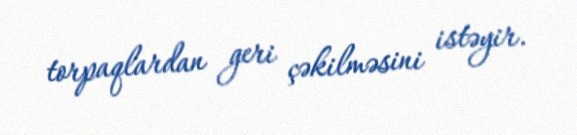
torpaqlardan geri çəkilməsini istəyir.